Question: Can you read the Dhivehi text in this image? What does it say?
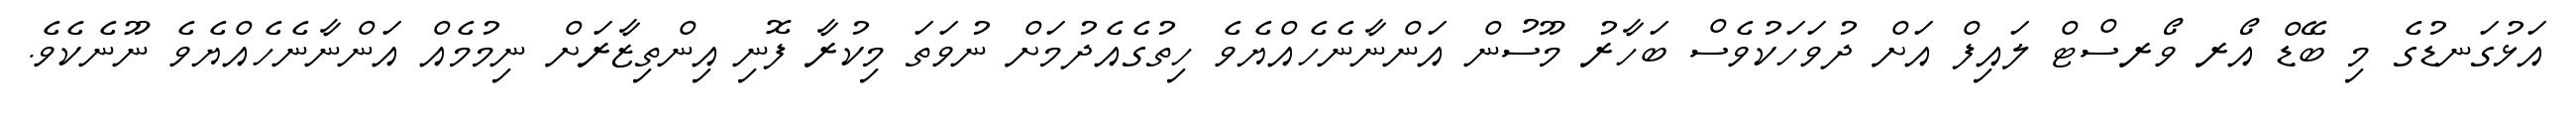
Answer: އަޅުގަނޑުގެ މި ބޭޑް އޯރ ވޯރސްޓް ލައިފް އަށް ދުވަހަކުވެސް ބަހާރު މޫސުން އަންނާނެހެއްޔެވެ ހިތުގެއެދުމަށް ނުވަތަ މިކުރާ ފޮނި އިންތިޒާރަށް ނިމުމެއް އަންނާނެހެއްޔެވެ ނޫނެކެވެ.